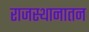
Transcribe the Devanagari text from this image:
राजस्थानातन